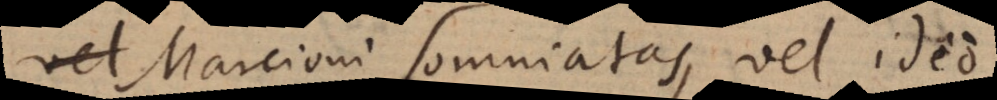
, Marcioni somniatas, vel ideo